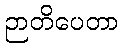
ဉာတိပေတာ